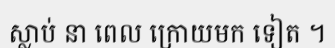
ស្លាប់ នា ពេល ក្រោយមក ទៀត ។